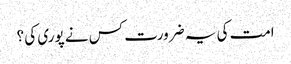
امت کی یہ ضرورت کس نے پوری کی ؟